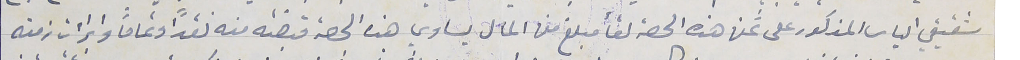
شقيقي الياس المذكور على ثمن هذه الحصة لقأ مبلغ من المال يساوي هذه الحصة قبضته منه نقداً وتماماً وابراءت زمته